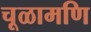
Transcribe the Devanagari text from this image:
चूळामणि